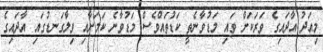
މިއަދު އާދައިގެ ވަރަކަށް ވައި މަޑުވާނެތީ ކަޑުތައްވެސް މަޑުވާނެ ކަމަށާއި ވިލާގަނޑުގައި އާދައިގެ